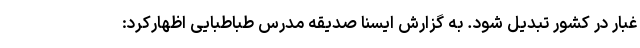
غبار در کشور تبدیل شود. به گزارش ایسنا صدیقه مدرس طباطبایی اظهارکرد: